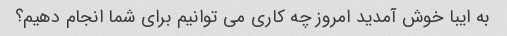
به ایبا خوش آمدید امروز چه کاری می توانیم برای شما انجام دهیم؟